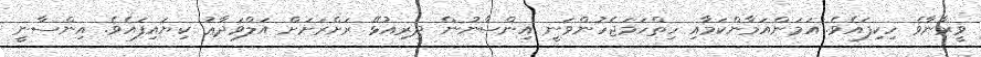
ވީރާނާވެ ހިކިފައެވެ. އަމަންއަމާންކަމާއި ހިތްހަމަޖެހުންވަނީ އިންސާނުން ދިރިއުޅޭ ރަށްރަށަށް އަލްވަދާޢު ކިޔައިފައެވެ. އިންސާނީ